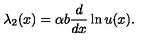
\lambda _ { 2 } ( x ) = \alpha b { \frac { d } { d x } } \ln u ( x ) .